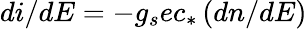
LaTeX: di/dE=-g_{s}ec_{*}\left(dn/dE\right)